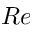
R e